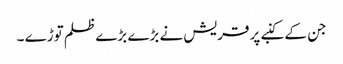
جن کے کنبے پر قریش نے بڑے بڑے ظلم توڑے ۔